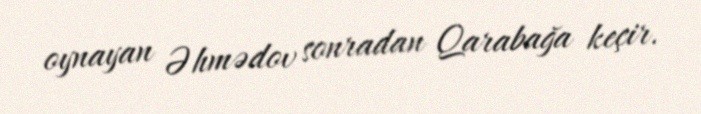
oynayan Əhmədov sonradan Qarabağa keçir.